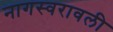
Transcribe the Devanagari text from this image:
नागस्वरावली